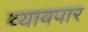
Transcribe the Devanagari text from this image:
व्यावपार